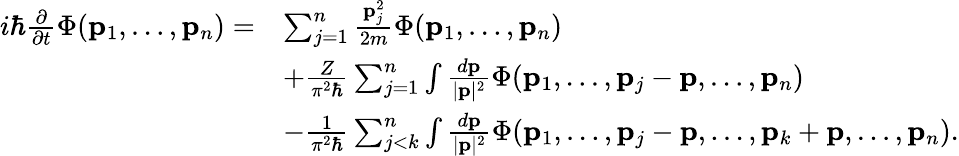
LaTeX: \begin{array}{rl}{i\hbar{\frac{\partial}{\partial t}}\Phi(\mathbf{p}_{1},\ldots,\mathbf{p}_{n})=}&{\sum_{j=1}^{n}\frac{\mathbf{p}_{j}^{2}}{2m}\Phi(\mathbf{p}_{1},\ldots,\mathbf{p}_{n})}\\ &{+{\frac{Z}{\pi^{2}\hbar}}\sum_{j=1}^{n}\int\frac{d\mathbf{p}}{|\mathbf{p}|^{2}}\Phi(\mathbf{p}_{1},\ldots,\mathbf{p}_{j}-\mathbf{p},\ldots,\mathbf{p}_{n})}\\ &{-{\frac{1}{\pi^{2}\hbar}}\sum_{j<k}^{n}\int\frac{d\mathbf{p}}{|\mathbf{p}|^{2}}\Phi(\mathbf{p}_{1},\ldots,\mathbf{p}_{j}-\mathbf{p},\ldots,\mathbf{p}_{k}+\mathbf{p},\ldots,\mathbf{p}_{n}).}\end{array}